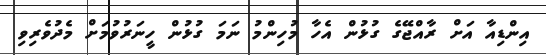
އިންޑިއާ އަށް ރާއްޖޭގެ ގުޅުން އެހާ މުހިންމު ނަމަ ގުޅުން ހީނަރުވުމަށް މެދުވެރިވި